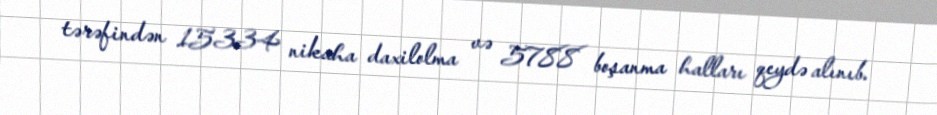
tərəfindən 15334 nikaha daxilolma və 5788 boşanma halları qeydə alınıb.